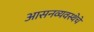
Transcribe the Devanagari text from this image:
आसनव्यवस्थेचे